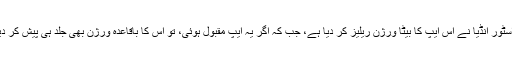
گوگل پلے اسٹور انڈیا نے اس ایپ کا بیٹا ورژن ریلیز کر دیا ہے، جب کہ اگر یہ ایپ مقبول ہوئی، تو اس کا باقاعدہ ورژن بھی جلد ہی پیش کر دیا جائے گا۔